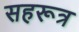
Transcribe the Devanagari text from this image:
सहरूत्र